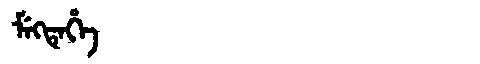
Manchu: ᠮᡝᡴᡨᡝᡥᡝ
Romanization: MEKTEHE